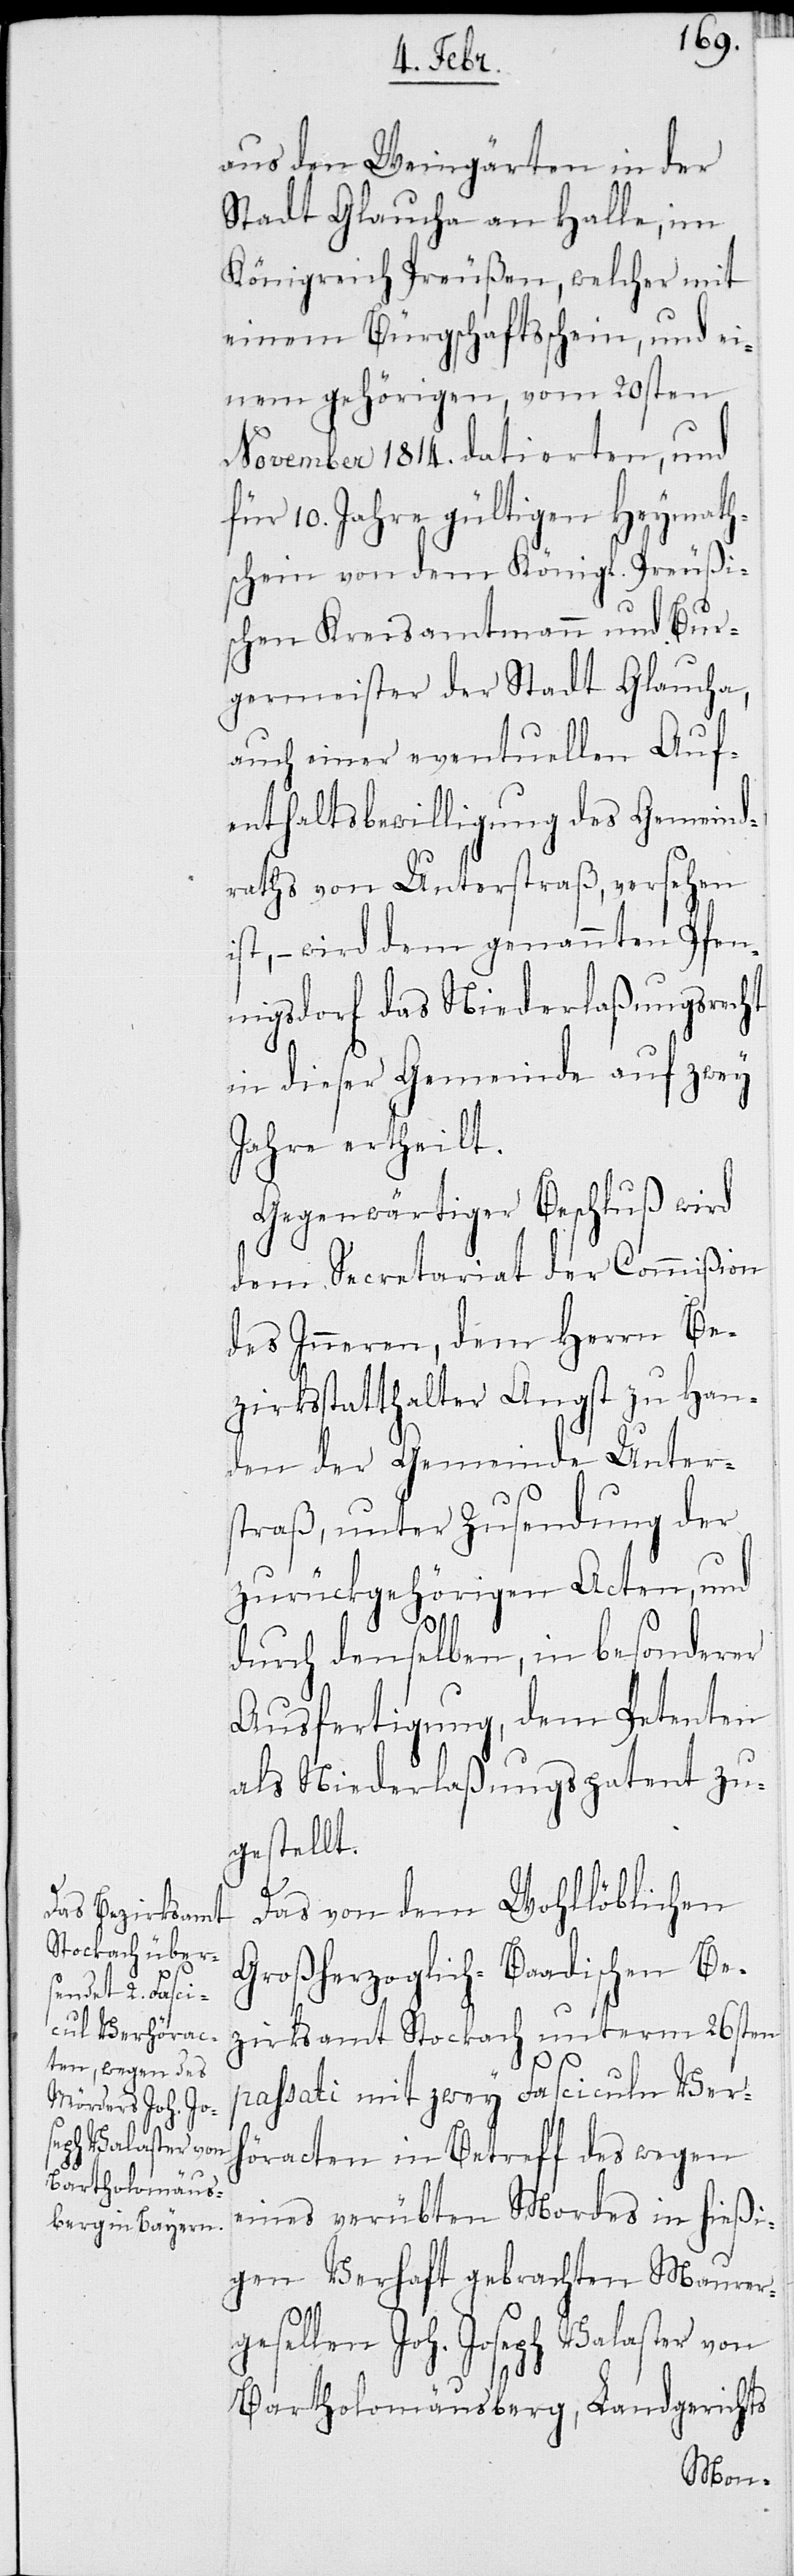
aus den Weingärten in der
Stadt Glaucha an Halle, im
Königreich Preußen, welcher mit
einem Bürgschaftsschein, und ei¬
nem gehörigen, vom 20sten
November 1814. datierten, und
für 10. Jahre gültigen Heymath¬
schein von dem Königl. Preußi¬
schen Kreisamtmann und Bur¬
germeister der Stadt Glaucha,
auch einer eventuellen Auf¬
enthaltsbewilligung des Gemeind¬
raths von Unterstraß, versehen
ist, – wird dem genannten Pfen¬
nigsdorf das Niederlaßungsrecht
in dieser Gemeinde auf zwey
Jahre ertheilt.
Gegenwärtiger Beschluß wird
dem Secretariat der Commißion
des Inneren, dem Herrn Be¬
zirksstatthalter Angst zu Han¬
den der Gemeinde Unter¬
straß, unter Zusendung der
zurückgehörigen Acten, und
durch denselben, in besonderer
Ausfertigung, dem Petenten
als Niederlaßungspatent zu¬
gestellt.
Das von dem Wohllöblichen
Großherzoglich-Baadischen Be¬
zirksamt Stockach unterm 26sten
passati mit zwey Fasciculn Verh¬
öracten in Betreff des wegen
eines verübten Mordes in hießi¬
gen Verhaft gebrachten Maurerg¬
esellen Joh. Joseph Valaster von
Bartholomäusberg, Landgerichts